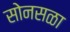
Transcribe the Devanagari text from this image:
सोनसळा